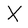
Character: X